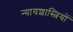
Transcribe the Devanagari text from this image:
न्यायशास्त्रियों